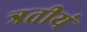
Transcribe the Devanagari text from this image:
त्रतीयं